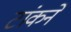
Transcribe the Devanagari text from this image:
टांकने